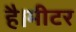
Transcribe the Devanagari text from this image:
है।मीटर